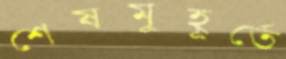
শেষমুহূর্তে